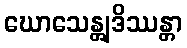
ဃောသေန္တျဒိဿန္တာ